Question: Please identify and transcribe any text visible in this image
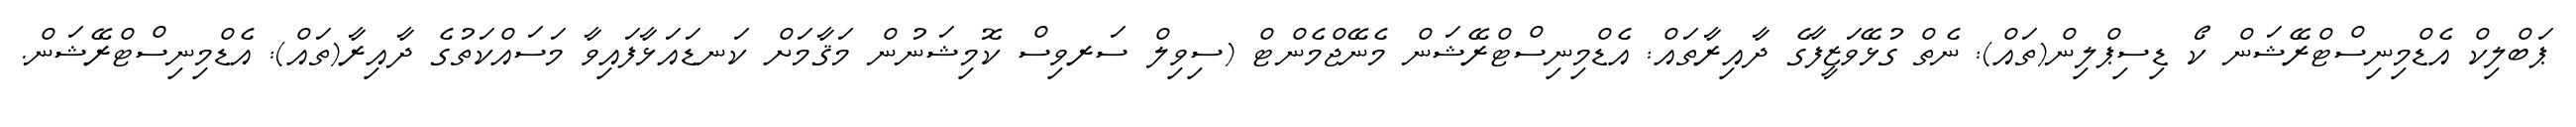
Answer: ޕަބްލިކް އެޑްމިނިސްޓްރޭޝަން ކޯ ޑިސިޕްލިން(ތައް): ނެތް ގުޅޭވަޒީފާގެ ދާއިރާތައް: އެޑްމިނިސްޓްރޭޝަން މެނޭޖްމެންޓް (ސިވިލް ސަރވިސް ކޮމިޝަނުން މަޤާމަށް ކަނޑައަޅާފައިވާ މަސައްކަތުގެ ދާއިރާ(ތައް): އެޑްމިނިސްޓްރޭޝަން.